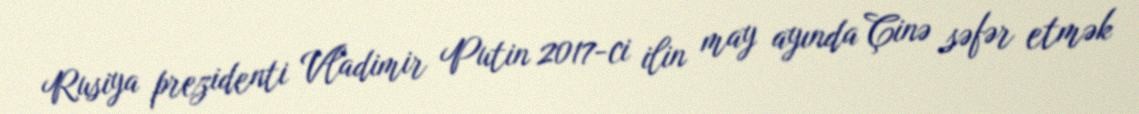
Rusiya prezidenti Vladimir Putin 2017-ci ilin may ayında Çinə səfər etmək